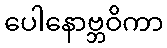
ပေါနောဗ္ဘဝိကာ